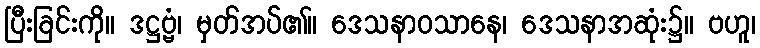
ပြီးခြင်းကို။ ဒဋ္ဌဗ္ဗံ၊ မှတ်အပ်၏။ ဒေသနာဝသာနေ၊ ဒေသနာအဆုံး၌။ ဗဟူ၊